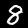
Label: 8